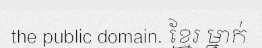
the public domain. ខ្មែរ ម្នាក់